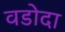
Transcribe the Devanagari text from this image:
वडोदा